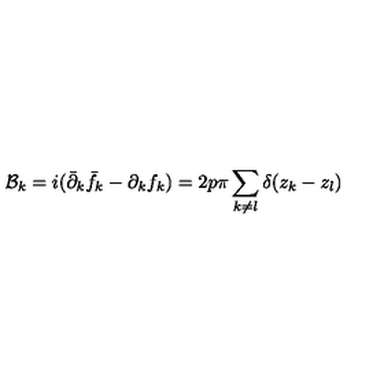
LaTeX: { \cal B } _ { k } = i ( { \bar { \partial } _ { k } } { \bar { f } } _ { k } - { \partial } _ { k } f _ { k } ) = 2 p \pi \sum _ { k \neq l } \delta ( z _ { k } - z _ { l } )